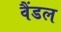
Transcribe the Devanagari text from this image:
वैंडल